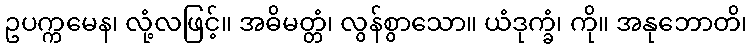
ဥပက္ကမေန၊ လုံ့လဖြင့်။ အဓိမတ္တံ၊ လွန်စွာသော။ ယံဒုက္ခံ၊ ကို။ အနုဘောတိ၊